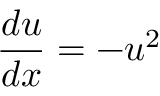
{ \frac { d u } { d x } } = - u ^ { 2 }